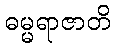
ဓမ္မရာဇာတိ